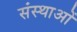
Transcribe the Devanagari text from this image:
संस्थाआें